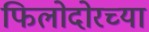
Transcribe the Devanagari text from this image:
फिलोदोरच्या